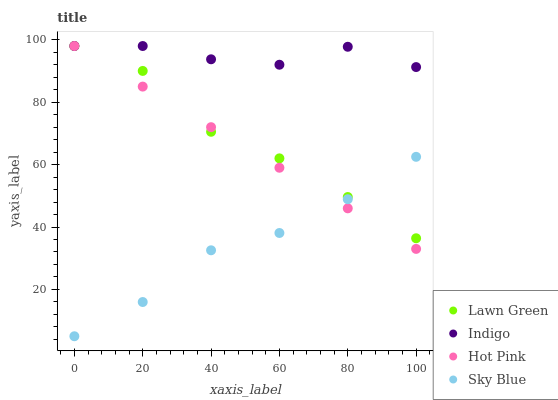
| xaxis_label | Lawn Green | Indigo | Hot Pink | Sky Blue |
 | --- | --- | --- | --- | --- |
 | 0 | 98 | 98 | 98 | 5 |
 | 20 | 90 | 98 | 85 | 16 |
 | 40 | 70.5 | 93.7 | 72 | 32.5 |
 | 60 | 62 | 92 | 59 | 38.1 |
 | 80 | 49.6 | 97.8 | 46 | 48.9 |
 | 100 | 36.4 | 91.3 | 33 | 62.5 |